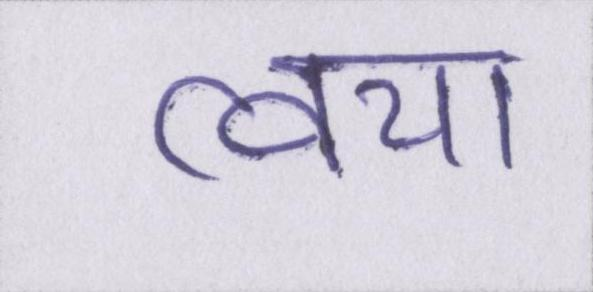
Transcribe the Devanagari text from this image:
त्वचा